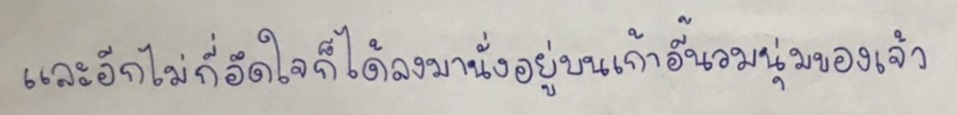
และอีกไม่กี่อึดใจก็ได้ลงมานั่งอยู่บนเก้าอี้นวมนุ่มของเจ้า